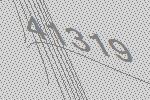
41319